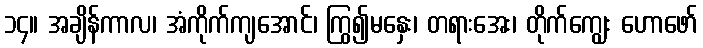
၁၄။ အချိန်ကာလ၊ အံကိုက်ကျအောင်၊ ကြွ၍မနှေး၊ တရားအေး၊ တိုက်ကျွေး ဟောဖော်